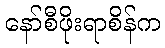
နော်စီဖိုးရာစိန်က